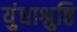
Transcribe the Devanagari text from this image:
युंधाश्रुष्ठि